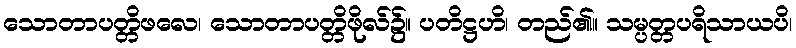
သောတာပတ္တိဖလေ၊ သောတာပတ္တိဖိုလ်၌။ ပတိဋ္ဌဟိ၊ တည်၏။ သမ္ပတ္တပရိသာယပိ၊